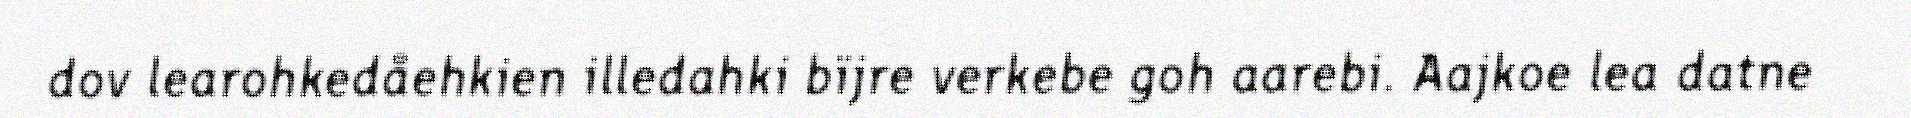
dov learohkedåehkien illedahki bïjre verkebe goh aarebi. Aajkoe lea datne